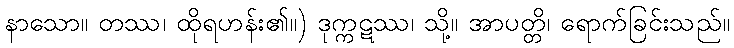
နာသော။ တဿ၊ ထိုရဟန်း၏။) ဒုက္ကဋဿ၊ သို့။ အာပတ္တိ၊ ရောက်ခြင်းသည်။